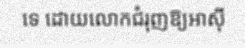
ទេ ដោយលោកជំរុញឱ្យអាស៊ី